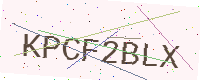
Text: KPCF2BLX